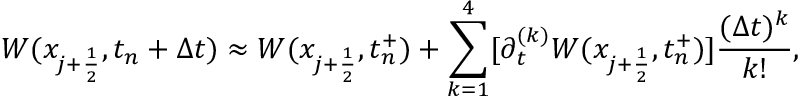
W ( x _ { j + \frac { 1 } { 2 } } , t _ { n } + \Delta t ) \approx W ( x _ { j + \frac { 1 } { 2 } } , t _ { n } ^ { + } ) + \sum _ { k = 1 } ^ { 4 } [ \partial _ { t } ^ { ( k ) } W ( x _ { j + \frac { 1 } { 2 } } , t _ { n } ^ { + } ) ] \frac { ( \Delta t ) ^ { k } } { k ! } ,